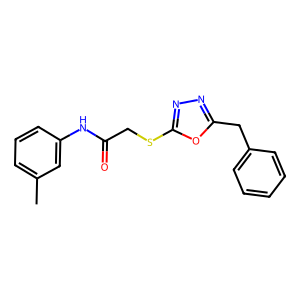
SMILES: Cc1cccc(NC(=O)CSc2nnc(Cc3ccccc3)o2)c1
Inhibits HIV replication: No